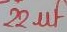
Text: 22µF